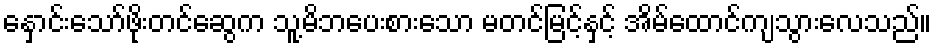
နှောင်းသော်ဖိုးတင်ဆွေက သူ့မိဘပေးစားသော မတင်မြင့်နှင့် အိမ်ထောင်ကျသွားလေသည်။